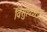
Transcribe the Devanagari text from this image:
विसुविअस